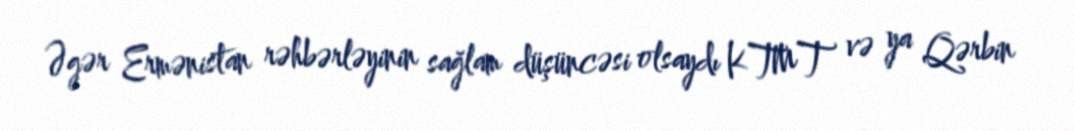
Əgər Ermənistan rəhbərləyinin sağlam düşüncəsi olsaydı KTMT və ya Qərbin